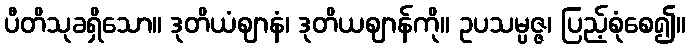
ပီတိသုခရှိသော။ ဒုတိယံဈာနံ၊ ဒုတိယဈာန်ကို။ ဥပသမ္ပဇ္ဇ၊ ပြည့်စုံစေ၍။